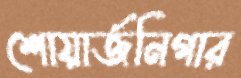
শোয়ার্জনিগার